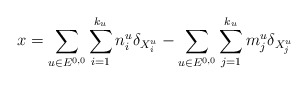
\begin{align*}x= \sum _{u\in E^{0,0}} \sum _{i=1}^{k_u} n_i^u \delta _{X_i^u} - \sum _{u\in E^{0,0}} \sum_{j=1}^{k_u} m_j^u \delta _{X_j^u}\end{align*}